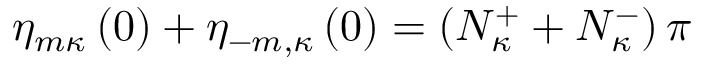
\eta _ { m \kappa } \left( 0 \right) + \eta _ { - m , \kappa } \left( 0 \right) = \left( N _ { \kappa } ^ { + } + N _ { \kappa } ^ { - } \right) \pi